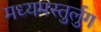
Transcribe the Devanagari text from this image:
मध्यमस्तुर्लुग